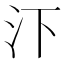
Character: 𪵩